Leprosy in India: report of the Leprosy Commission in India, 1890-91
Year: 1890
Disease focus: Leprosy
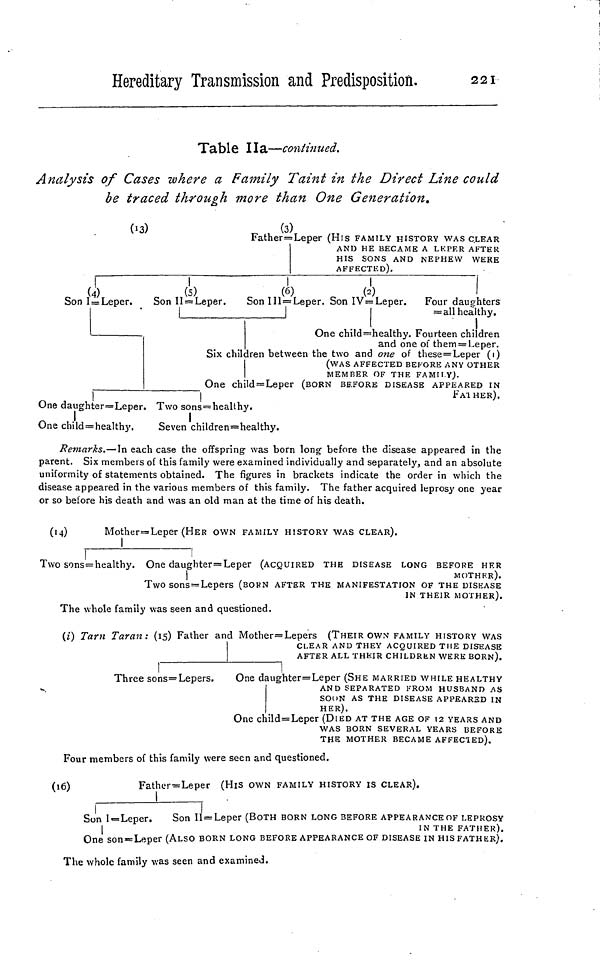
Hereditary Transmission and Predisposition.
221
Table 11a—continued.
Analysis of Cases where a Family Taint in the Direct Line could
be traced through more than One Generation.
03)
(3)
Father=Leper (His FAMILY HISTORY WAS CLEAR
AND HE BECAME A LEPER AFTER
HIS SONS AND NEPHEW WERE
AFFECTED).
(4)
(5)
(6)
(2)
Son I = Leper.
Son II = Leper.
Son III = Leper. Son IV= Leper.
Four daughters
= all healthy.
One child=healthy. Fourteen children
and one of them = Leper.
Six children between the two and one of these=Leper (1)
(WAS AFFECTED BEFORE ANY OTHER
MEMBER OF THE FAMILY).
One child=Leper (BORN BEFORE DISEASE APPEARED IN
FATHER).
One daughter=Leper. Two sons=healthy.
One child = healthy.
Seven children=healthy.
Remarks.—In each case the offspring was born long before the disease appeared in the
parent. Six members of this family were examined individually and separately, and an absolute
uniformity of statements obtained. The figures in brackets indicate the order in which the
disease appeared in the various members of this family. The father acquired leprosy one year
or so before his death and was an old man at the time of his death.
(14)
Mother=Leper (HER OWN FAMILY HISTORY WAS CLEAR).
Two sons = healthy. One daughter= Leper (ACQUIRED THE DISEASE LONG BEFORE HER
MOTHER).
Two sons=Lepers (BORN AFTER THE MANIFESTATION OF THE DISEASE
IN THEIR MOTHER).
The whole family was seen and questioned.
(¿) Tarn Taran: (15) Father and Mother=Lepers (THEIR OWN FAMILY HISTORY WAS
CLEAR AND THEY ACQUIRED THE DISEASE
AFTER ALL THEIR CHILDREN WERE BORN).
Three sons=Lepers.
One daughter= Leper (SHE MARRIED WHILE HEALTHY
AND SEPARATED FROM HUSBAND AS
SOON AS THE DISEASE APPEARED IN
HER).
One child=Leper (DIED AT THE AGE OF 12 YEARS AND
WAS BORN SEVERAL YEARS BEFORE
THE MOTHER BECAME AFFECTED).
Four members of this family were seen and questioned.
(16)
Father=Leper (His OWN FAMILY HISTORY IS CLEAR).
Son I=Leper.
Son II = Leper (BOTH BORN LONG BEFORE APPEARANCE OF LEPROSY
IN THE FATHER).
One son=Leper (ALSO BORN LONG BEFORE APPEARANCE OF DISEASE IN HIS FATHER).
The whole family was seen and examined.